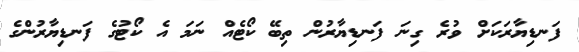
ފަނޑިޔާރަކަށް ވުރެ ގިނަ ފަނޑިޔާރުން ތިބޭ ކޯޓެއް ނަމަ އެ ކޯޓުގެ ފަނޑިޔާރުންގެ